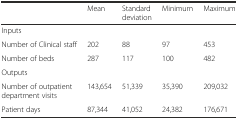
<table><thead><tr><td></td><td><b>Mean</b></td><td><b>Standard deviation</b></td><td><b>Minimum</b></td><td><b>Maximum</b></td></tr></thead><tbody><tr><td>Inputs</td><td></td><td></td><td></td><td></td></tr><tr><td>Number of Clinical staff</td><td>202</td><td>88</td><td>97</td><td>453</td></tr><tr><td>Number of beds</td><td>287</td><td>117</td><td>100</td><td>482</td></tr><tr><td>Outputs</td><td></td><td></td><td></td><td></td></tr><tr><td>Number of outpatient department visits</td><td>143,654</td><td>51,339</td><td>35,390</td><td>209,032</td></tr><tr><td>Patient days</td><td>87,344</td><td>41,052</td><td>24,382</td><td>176,671</td></tr></tbody></table>